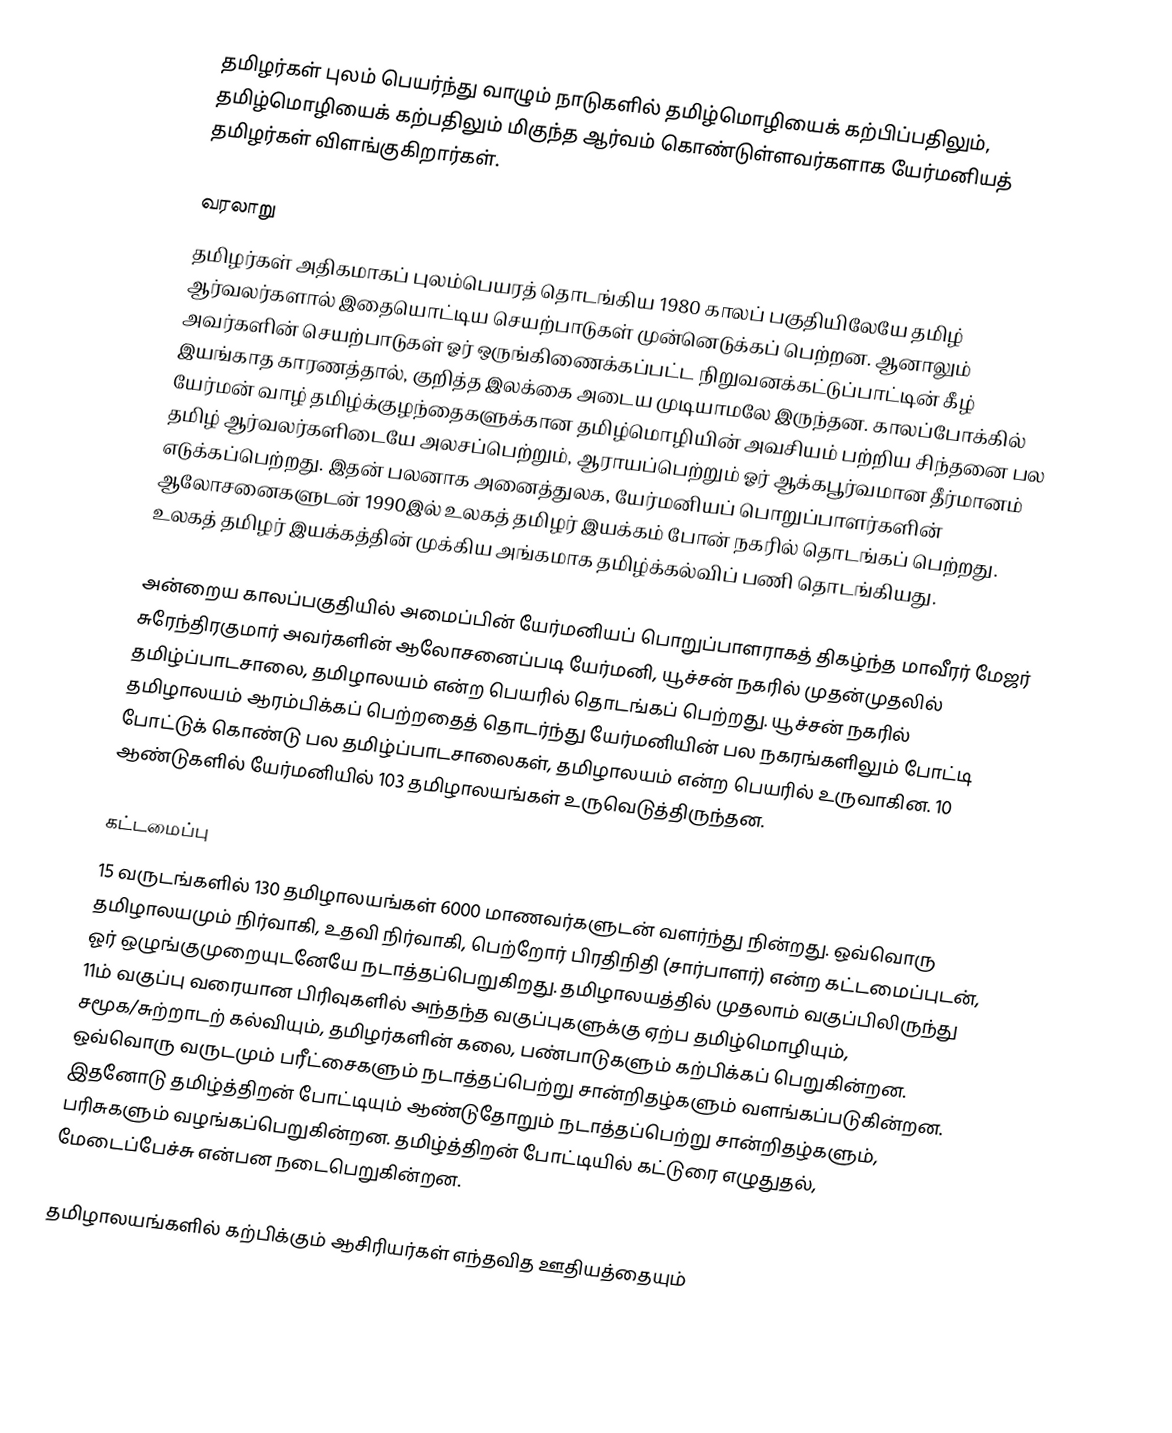
தமிழர்கள் புலம் பெயர்ந்து வாழும் நாடுகளில் தமிழ்மொழியைக் கற்பிப்பதிலும், தமிழ்மொழியைக் கற்பதிலும் மிகுந்த ஆர்வம் கொண்டுள்ளவர்களாக யேர்மனியத் தமிழர்கள் விளங்குகிறார்கள்.

வரலாறு
தமிழர்கள் அதிகமாகப் புலம்பெயரத் தொடங்கிய 1980 காலப் பகுதியிலேயே  தமிழ் ஆர்வலர்களால் இதையொட்டிய செயற்பாடுகள் முன்னெடுக்கப் பெற்றன. ஆனாலும் அவர்களின் செயற்பாடுகள் ஓர் ஒருங்கிணைக்கப்பட்ட நிறுவனக்கட்டுப்பாட்டின் கீழ் இயங்காத காரணத்தால், குறித்த இலக்கை அடைய முடியாமலே இருந்தன. காலப்போக்கில் யேர்மன் வாழ் தமிழ்க்குழந்தைகளுக்கான தமிழ்மொழியின் அவசியம் பற்றிய சிந்தனை பல தமிழ் ஆர்வலர்களிடையே அலசப்பெற்றும், ஆராயப்பெற்றும் ஓர் ஆக்கபூர்வமான தீர்மானம் எடுக்கப்பெற்றது. இதன் பலனாக அனைத்துலக, யேர்மனியப் பொறுப்பாளர்களின் ஆலோசனைகளுடன் 1990இல் உலகத் தமிழர் இயக்கம் போன் நகரில் தொடங்கப் பெற்றது. உலகத் தமிழர் இயக்கத்தின் முக்கிய அங்கமாக தமிழ்க்கல்விப் பணி தொடங்கியது.

அன்றைய காலப்பகுதியில் அமைப்பின் யேர்மனியப் பொறுப்பாளராகத் திகழ்ந்த மாவீரர் மேஜர் சுரேந்திரகுமார் அவர்களின் ஆலோசனைப்படி யேர்மனி, யூச்சன் நகரில் முதன்முதலில் தமிழ்ப்பாடசாலை, தமிழாலயம் என்ற பெயரில் தொடங்கப் பெற்றது. யூச்சன் நகரில் தமிழாலயம் ஆரம்பிக்கப் பெற்றதைத் தொடர்ந்து யேர்மனியின் பல நகரங்களிலும் போட்டி போட்டுக் கொண்டு பல தமிழ்ப்பாடசாலைகள், தமிழாலயம் என்ற பெயரில் உருவாகின. 10 ஆண்டுகளில் யேர்மனியில் 103 தமிழாலயங்கள் உருவெடுத்திருந்தன.

கட்டமைப்பு
15 வருடங்களில் 130 தமிழாலயங்கள் 6000 மாணவர்களுடன் வளர்ந்து நின்றது. ஒவ்வொரு தமிழாலயமும் நிர்வாகி, உதவி நிர்வாகி, பெற்றோர் பிரதிநிதி (சார்பாளர்) என்ற கட்டமைப்புடன், ஓர் ஒழுங்குமுறையுடனேயே நடாத்தப்பெறுகிறது. தமிழாலயத்தில் முதலாம் வகுப்பிலிருந்து 11ம் வகுப்பு வரையான பிரிவுகளில் அந்தந்த வகுப்புகளுக்கு ஏற்ப தமிழ்மொழியும், சமூக/சுற்றாடற் கல்வியும், தமிழர்களின் கலை, பண்பாடுகளும் கற்பிக்கப் பெறுகின்றன. ஒவ்வொரு வருடமும் பரீட்சைகளும் நடாத்தப்பெற்று சான்றிதழ்களும் வளங்கப்படுகின்றன. இதனோடு தமிழ்த்திறன் போட்டியும் ஆண்டுதோறும் நடாத்தப்பெற்று சான்றிதழ்களும், பரிசுகளும் வழங்கப்பெறுகின்றன. தமிழ்த்திறன் போட்டியில் கட்டுரை எழுதுதல், மேடைப்பேச்சு என்பன நடைபெறுகின்றன.

தமிழாலயங்களில் கற்பிக்கும் ஆசிரியர்கள் எந்தவித ஊதியத்தையும்